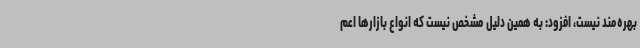
بهره‌مند نیست، افزود: به همین دلیل مشخص نیست که انواع بازارها اعم